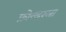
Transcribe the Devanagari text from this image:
फ़ोल्डरला